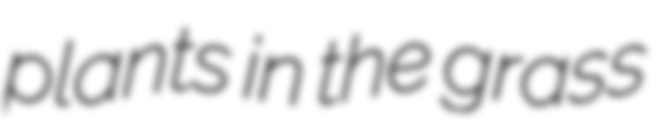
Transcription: plants in the grass